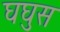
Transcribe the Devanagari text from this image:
घघुस